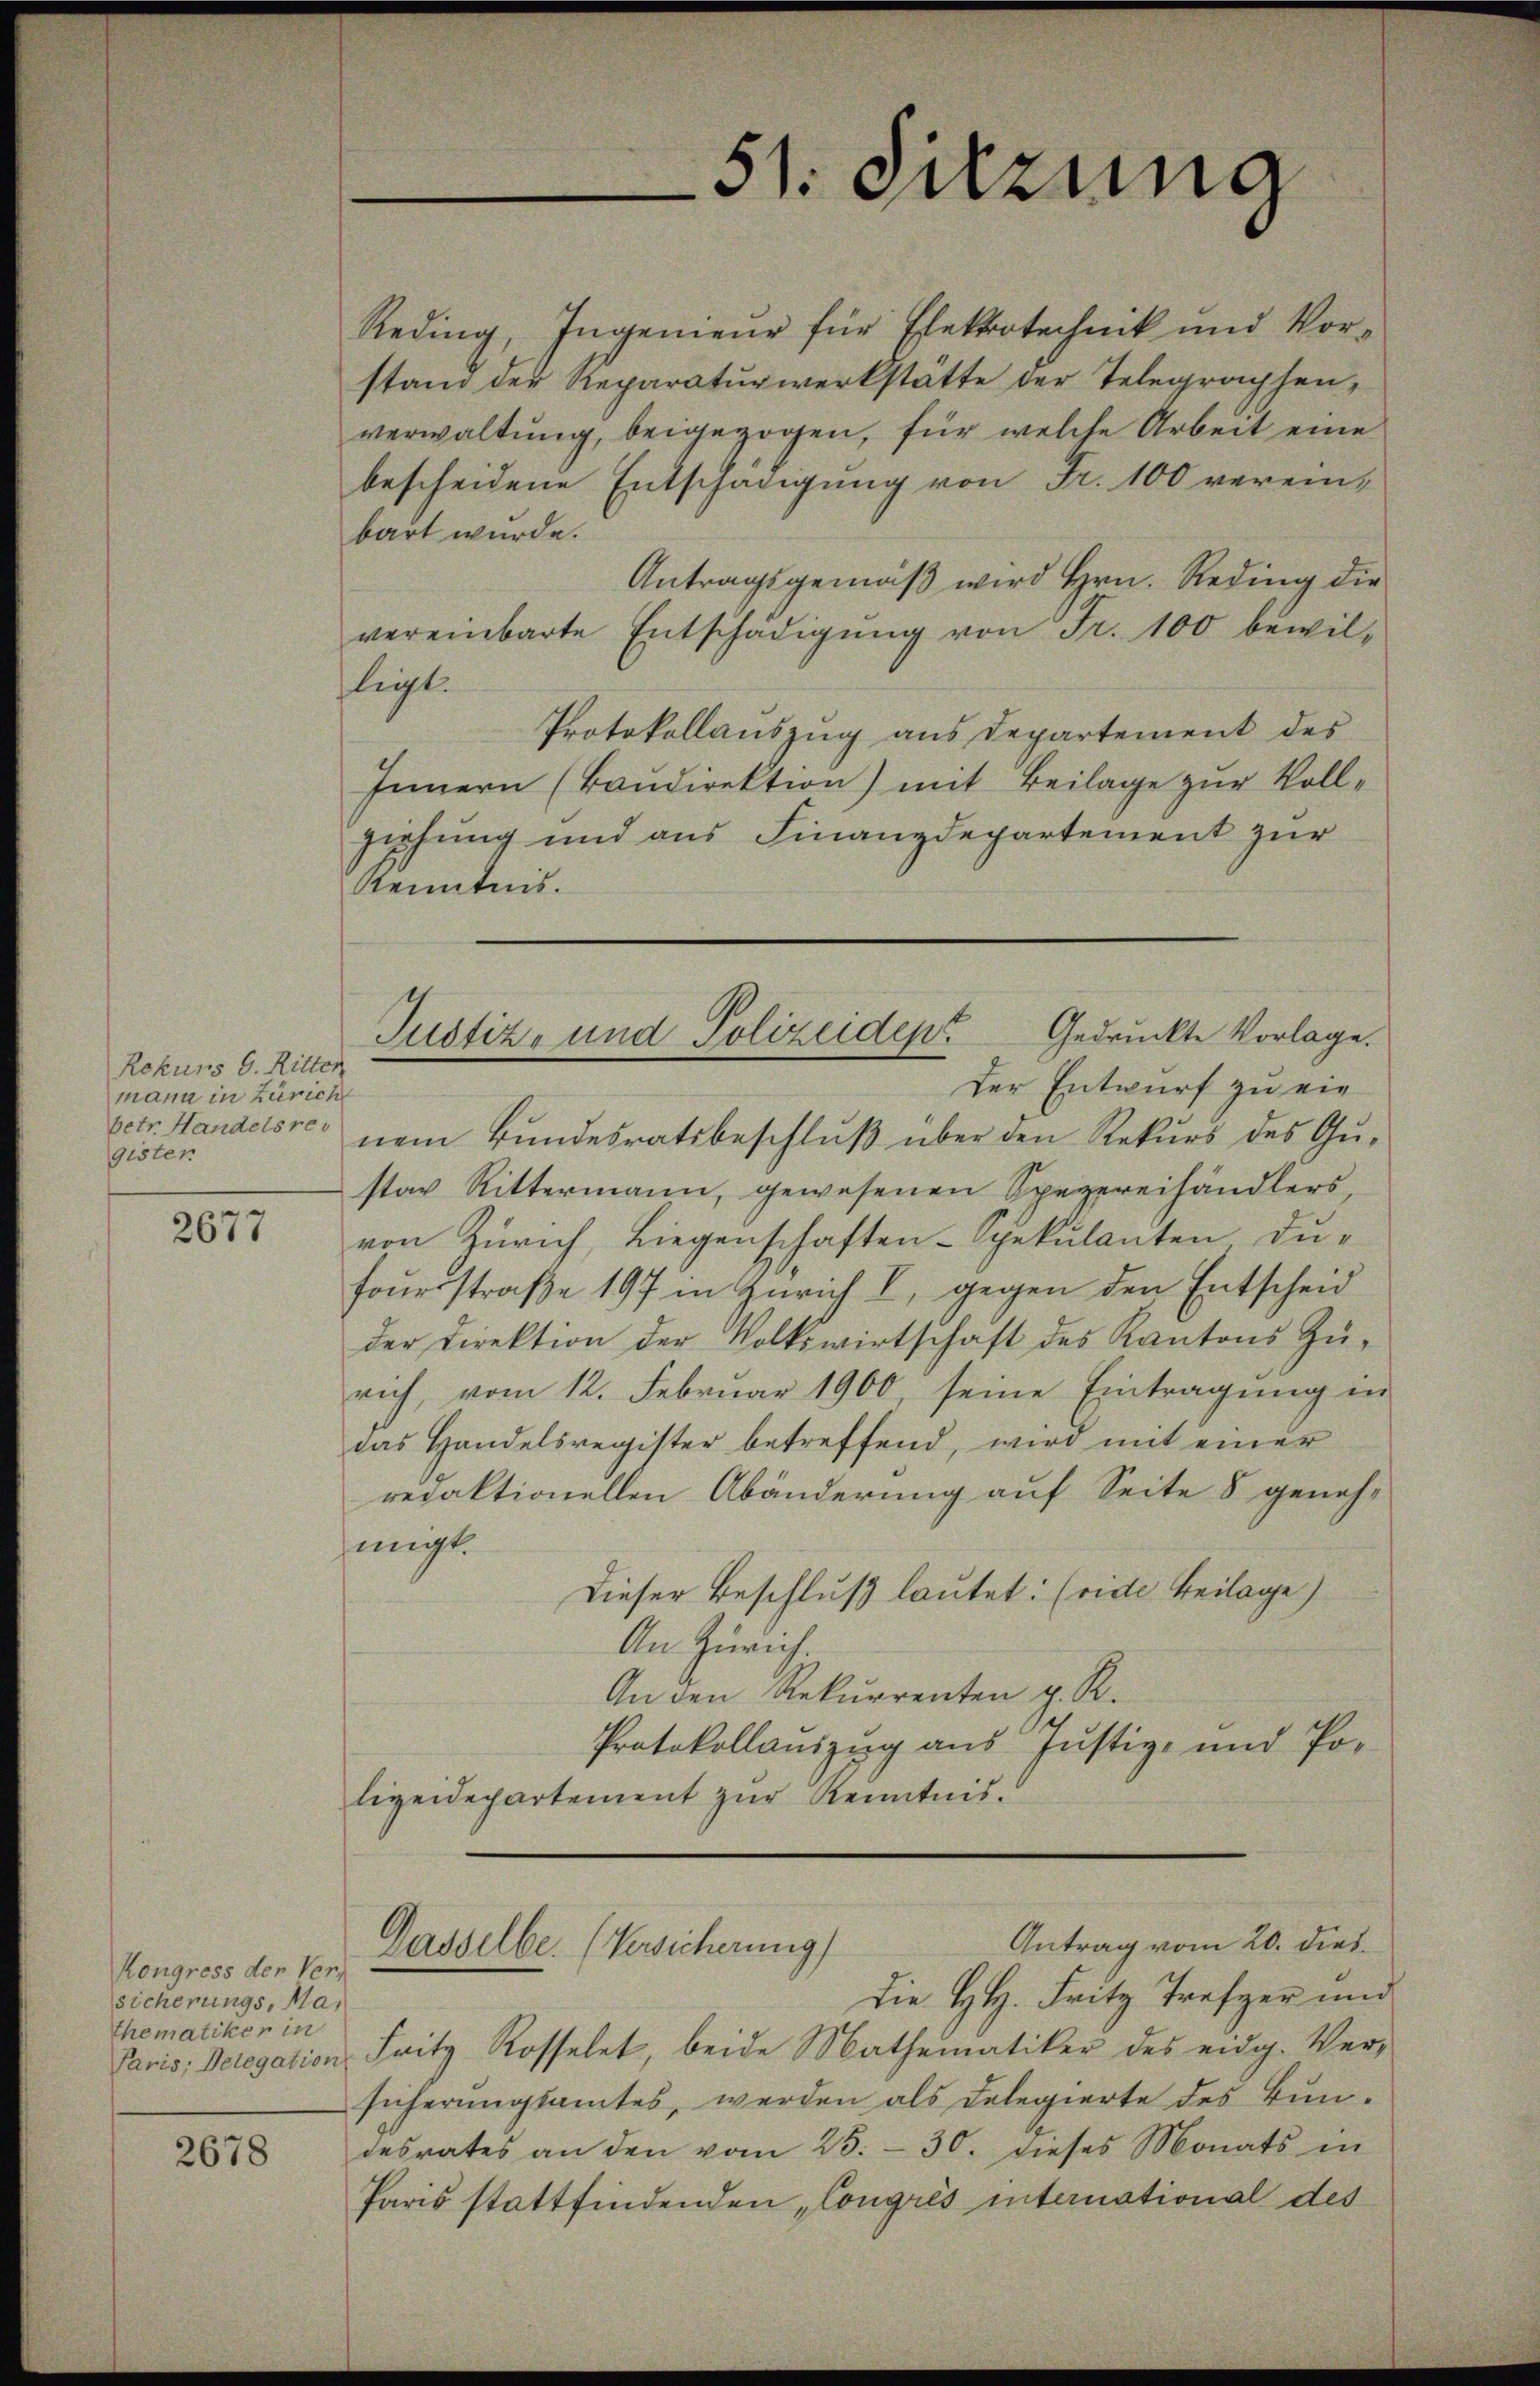
Rekurs G. Ritter
mann in Zürich
betr. Handelsrec
gisten

2677

Kongress der Ver-
sicherungs, Ma¬
Thematiker in
Paris, Delegation

2678

51. Sitzung

Reding, Ingenieur für Elektrotechnik und Vorstand der Reparaturwerkstätte der Telegraphenverwaltung, beigezogen, für welche Arbeit eine
bescheidene Entschädigung von Fr. 100 vereinbart wurde.
Antragsgemäß wird Hrn. Reding die
vereinbarte Entschädigŭng von Fr. 100 bewilligt.
Protokollauszug aus Departement des
Innern (Baŭdirektion) mit Beilage zur Vollziehung und aus Finanzdepartement zur
Kenntnis.
Der Entwurf zu ein
nem Bundesratsbeschluß über den Rekurs des Gustav Rittermann, gewesenen Spezereihändlers,
von Zürich, Liegenschaften - gekulanten Du¬
Fourstraße 197 in Zürich I, gegen den Entscheid
der Direktion der Volkswirtschaft des Kantons Zürich, vom 12. Februar 1900, seine Eintragung in
das Handelsregister betreffend, wird mit einer
redaktionellen Abänderung auf Seite 8 genehmigt.
Dieser Beschluß lautet: (vide Beilage)
An Zürich.
An den Rekurrenten z. R.
Protokollauszug aus Justiz- und Polizeidepartement zur Kenntnis.

Justiz- und Polizeiden Gedruckte Vorlage.

Antrag vom 20. dies
Dasselbe. (Versicherung)

Die H.H. Fritz Trefer und
Fritz Rosselet, beide Matheinatiker des eidg. Ver-
sicherŭngsamtes, werden als Delegierte des Bun-
desrates an den vom 25. - 30. dieses Monats in
Paris stattfindenden, Congrés international des